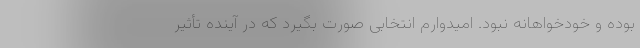
بوده و خودخواهانه نبود. امیدوارم انتخابی صورت بگیرد که در آینده تأثیر